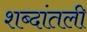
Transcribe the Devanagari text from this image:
शब्दांतली